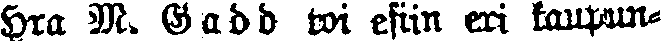
hra M. Gadd toi esiin eri kaupun-